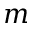
m